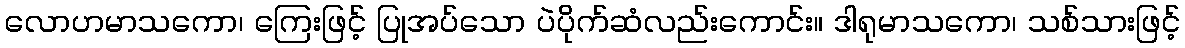
လောဟမာသကော၊ ကြေးဖြင့် ပြုအပ်သော ပဲပိုက်ဆံလည်းကောင်း။ ဒါရုမာသကော၊ သစ်သားဖြင့်